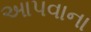
આપવાના